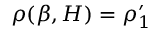
\rho ( \beta , H ) = \rho _ { 1 } ^ { \prime }